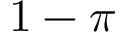
1 - \pi